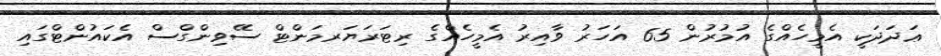
ޢަދަދަކީ އެމީހެއްގެ އުމުރުން 65 އަހަރު ވާއިރު އެމީހެއްގެ ރިޓަރަޔަރމަންޓް ސޭވިންގްސް އެކައުންޓްގައި